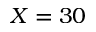
X = 3 0